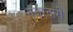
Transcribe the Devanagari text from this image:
नजरदारी